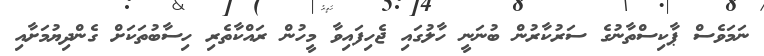
ނަމަވެސް ޕާކިސްތާނުގެ ސަރުކާރުން ބުނަނީ ހާލުގައި ޖެހިފައިވާ މީހުން ރައްކާތެރި ހިސާބުތަކަށް ގެންދިޔުމަށާއި